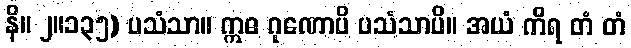
နိ။ ၂။၁၃၅) ပသံသာ။ ဣဓ ဂုဏောပိ ပသံသာပိ။ အယံ ကိရ တံ တံ